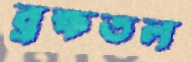
ব্রহ্মতল